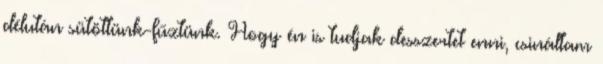
délután sütöttünk-fűztünk. Hogy én is tudjak desszertet enni, csináltam